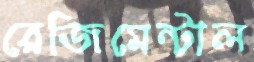
রেজিমেন্টাল